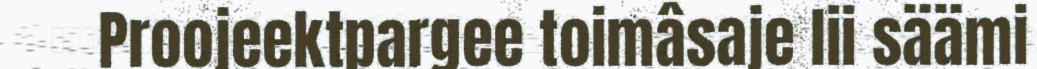
Proojeektpargee toimâsaje lii säämi